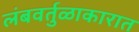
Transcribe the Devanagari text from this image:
लंबवर्तुळाकारात